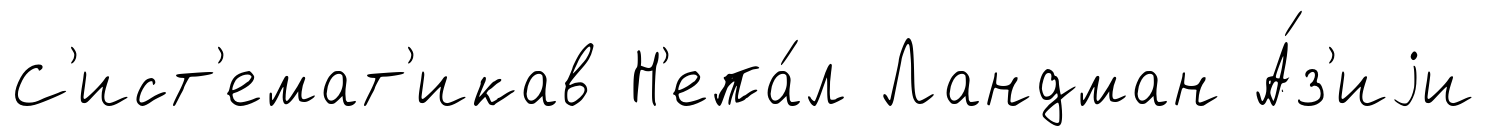
С'ист'емат'икав Н'епа́л Ландман А́з'иjи